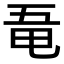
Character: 𠄲